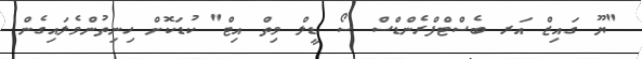
"ޔޫ ގައިޒް އަރ ބެސްޓްފްރެންޑްސް ސޯ ޑީލް ވިތް އިޓް" ކުޑަކޮށް ހިނިތުންވެލައިގެން